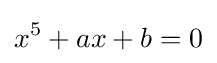
x^{5}+ax+b=0